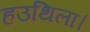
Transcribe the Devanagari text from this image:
हउथिला।